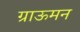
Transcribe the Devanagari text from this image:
ग्राऊमन